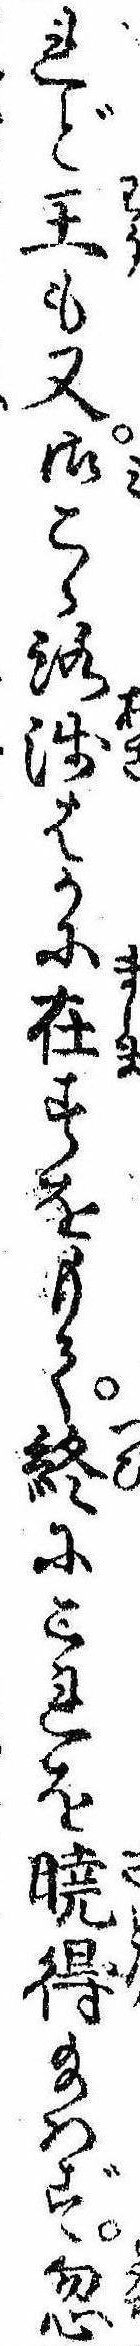
れど王も又御こゝろ浅はかに在すをもて終にこれを暁得給はず忽